Eesti_Rahvusfond, lk 14
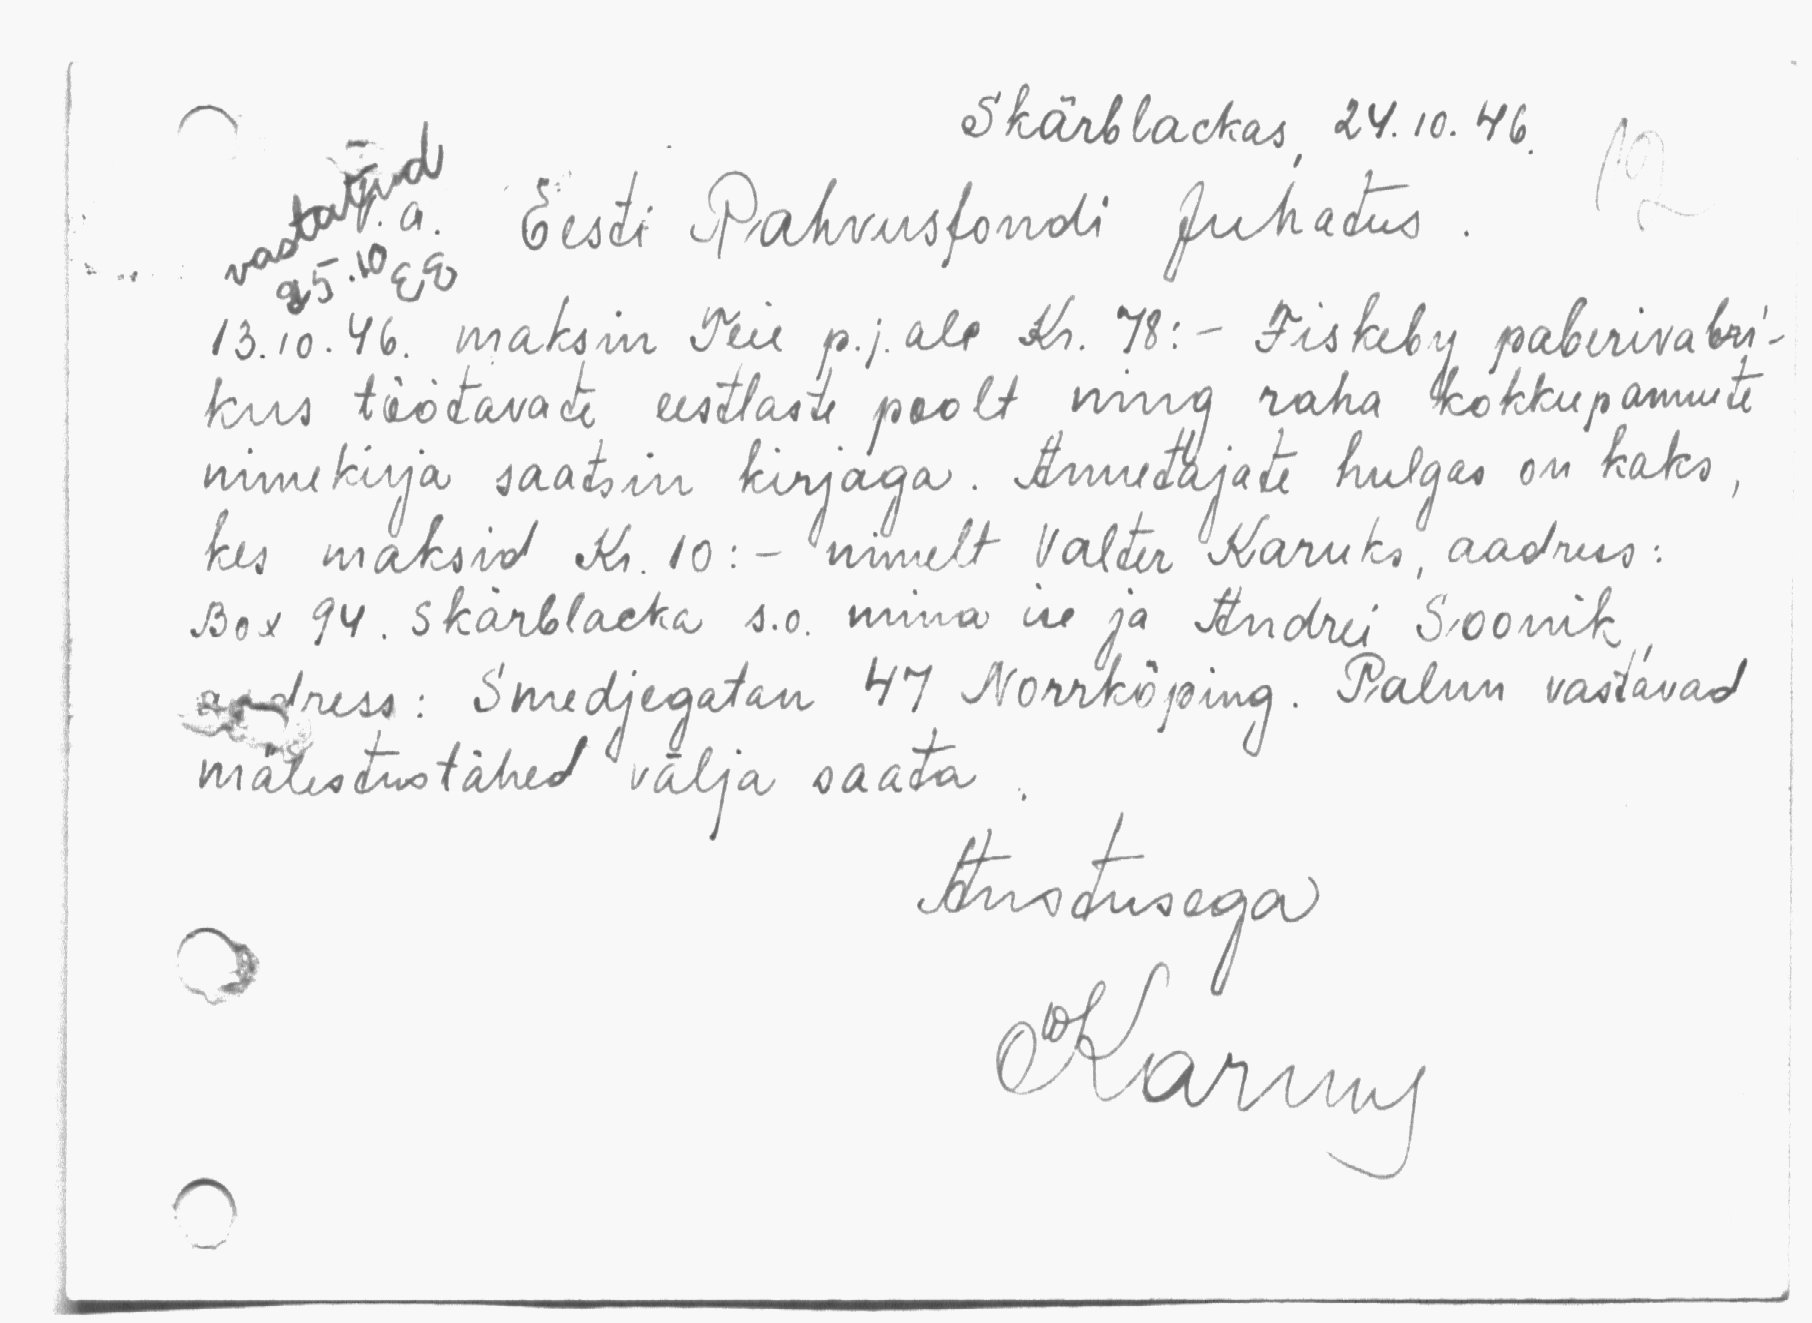
Skärblackas 24. 10. 46
Eesti Rahvusfondi Juhatus
13.10.46. maksin Teie p.j.ale Kr. 78:- Fiskeby paberivabri-
kus töötavate eestlaste poolt ning raha kokkupannute
nimekirja saatsin kirjaga. Annetajate hulgas on kaks
kes maksid Kr. 10: - nimelt Valter Karuks, aadress:
Box 94. Skärblacka s.o. mina ise ja Andrei Soonik
aadress: Smedjegatan 47 Norrköping. Palun vastavad
mälestustähed välja saata.
Austusega
Karuks